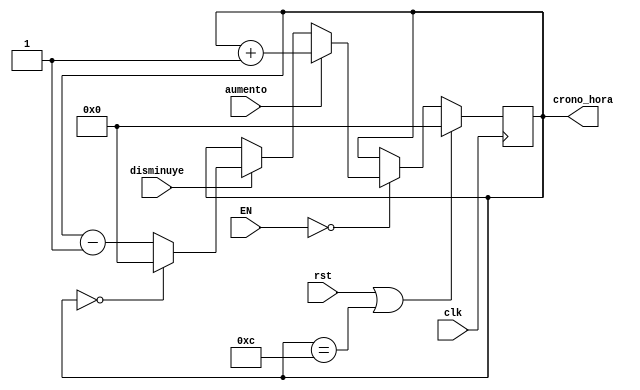
`timescale 1ns / 1ps

module Cronometro_hora(    //declaracion de entradas y salidas
	 input clk,				 //clock
	 input rst,				 //reset
	 input [1:0]EN,		 //Proviene del contador de ajuste para elegir entre hr, min,seg
    input aumento,	    //boton aumento cuenta
    input disminuye,	 //boton dismuye cuenta
    output reg [3:0] crono_hora //salida del contador de 3bits 
	 //output reg a_cr_hora 
	 );

 always @(posedge clk /*or posedge rst*/)   //se cummple cuando hay un flanco positivo en el clk y el rst
 begin
	 if (rst || crono_hora==4'd12)
		crono_hora <= 4'b0;    // si reset esta activo pone la salida en 1  
	 else  if (EN==2'd0) begin
		 //a_cr_hora<=1;
		 if (aumento ) begin//condicion que se cumple si se aumenta cuenta y no hay un dato previamente guardado del pulsador para evitar rebote 
				crono_hora <= crono_hora + 4'b1; //aumenta cuenta
				  end   //guarda para el antirrebote
		else if (disminuye ) begin //condicion que se cumple si se disminuye cuenta y no hay un dato previamente guardado del pulsador para evitar rebote 
			if (crono_hora==4'd0) crono_hora<=0;
			else begin
				crono_hora <= crono_hora - 4'b1;      //se disminuye cuenta
				  end  end      //guarda para el antirrebote
		else	begin

				crono_hora <= crono_hora;	
				//a_cr_hora<=0; 
				end
	end
end
	
endmodule